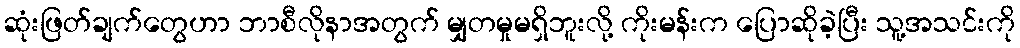
ဆုံးဖြတ်ချက်တွေဟာ ဘာစီလိုနာအတွက် မျှတမှုမရှိဘူးလို့ ကိုးမန်းက ပြောဆိုခဲ့ပြီး သူ့အသင်းကို